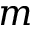
m